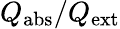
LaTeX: Q_{\mathrm{{abs}}}/Q_{\mathrm{{ext}}}